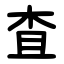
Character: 査